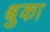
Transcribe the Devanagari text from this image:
श्चुका